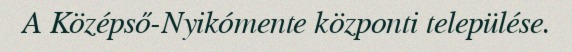
A Középső-Nyikómente központi települése.